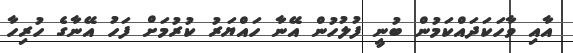
އާއި ވާހަކަދައްކަމުން ބުނީ ފުލުހުން އޭނާ ހައްޔަރު ކުރުމަށް ފަހު އޭނާގެ ހުރިހާ